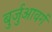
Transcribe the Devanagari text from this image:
बुर्जुआवर्ग